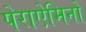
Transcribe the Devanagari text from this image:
पेराऐमिनो